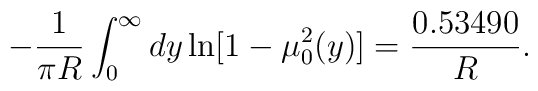
-\frac{1}{\pi R}\int _0^{\infty}dy\ln[1-\mu _0^2(y)] =\frac{0.53490}{R}{.}